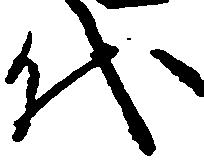
代